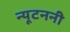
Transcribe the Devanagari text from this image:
न्यूटननी